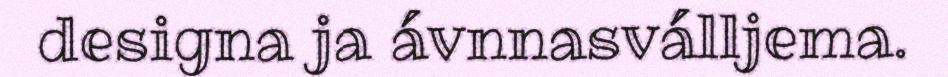
designa ja ávnnasválljema.